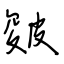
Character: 皴